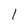
Character: 1